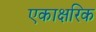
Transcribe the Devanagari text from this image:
एकाक्षरिक